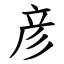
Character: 彦